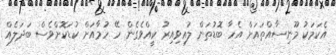
އެކަމަކު މޫނިސާއްތައަށް އެހާ ބޮޑުތަން ލުއިވިއިރު ކީއްވެގެން ހޭ ހުމާއަށް ކުޑަކޮށްވެސް ބަދަލެއް